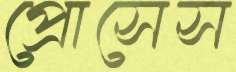
প্রোসেস